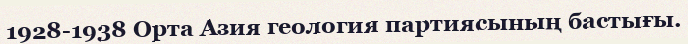
1928-1938 Орта Азия геология партиясының бастығы.